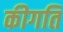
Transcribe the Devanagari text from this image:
कीगति